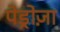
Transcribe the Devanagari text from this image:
पेड्रोज़ा